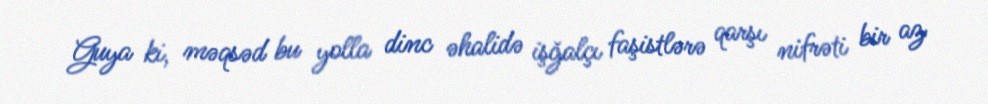
Guya ki, məqsəd bu yolla dinc əhalidə işğalçı faşistlərə qarşı nifrəti bir az